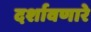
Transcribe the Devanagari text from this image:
दर्शावणारे